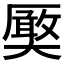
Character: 𭑤